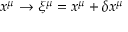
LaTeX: x ^ { \mu } \rightarrow \xi ^ { \mu } = x ^ { \mu } + \delta x ^ { \mu }